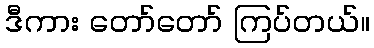
ဒီကား တော်တော် ကြပ်တယ်။